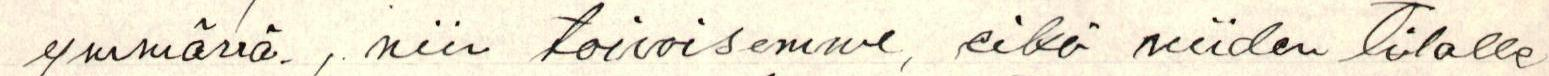
ymmärrä. , niin toivoisimme, eikö niiden tilalle